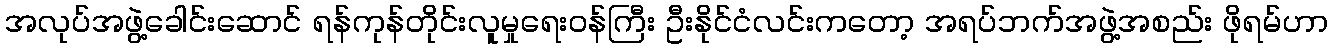
အလုပ်အဖွဲ့ခေါင်းဆောင် ရန်ကုန်တိုင်းလူမှုရေးဝန်ကြီး ဦးနိုင်ငံလင်းကတော့ အရပ်ဘက်အဖွဲ့အစည်း ဖိုရမ်ဟာ